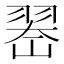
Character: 𱻚